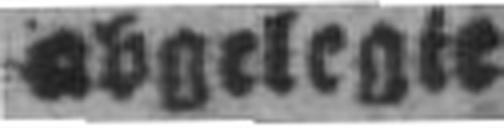
abgelegte